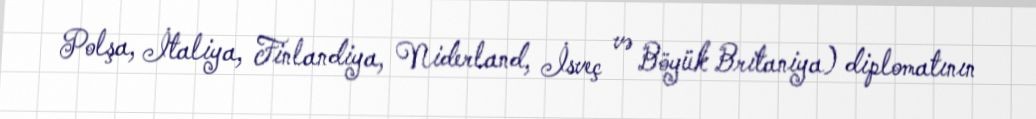
Polşa, İtaliya, Finlandiya, Niderland, İsveç və Böyük Britaniya) diplomatının